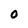
Character: 0